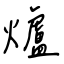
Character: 爐